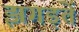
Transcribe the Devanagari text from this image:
झगड़तें